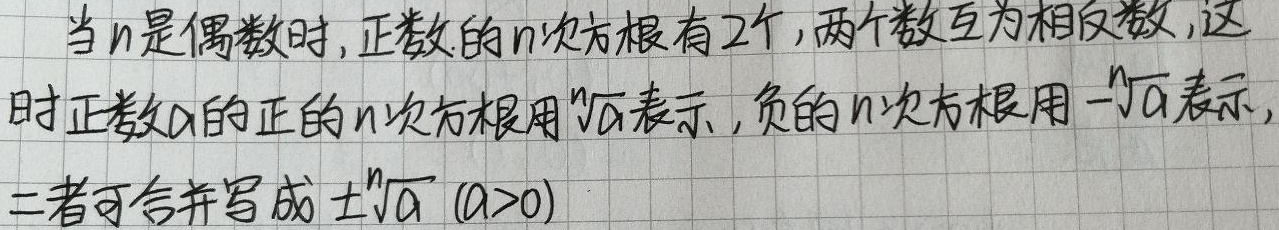
当\(n\)是偶数时，正数的\(n\)次方根有\(2\)个，两个数互为相反数。这时正数\(a\)的正的\(n\)次方根用\(\sqrt[n]{a}\)表示，负的\(n\)次方根用\(-\sqrt[n]{a}\)表示，二者可合并写成\(\pm\sqrt[n]{a}\ (a > 0)\)。